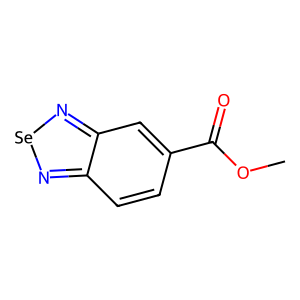
SMILES: COC(=O)c1ccc2n[se]nc2c1
Inhibits HIV replication: No